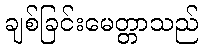
ချစ်ခြင်းမေတ္တာသည်